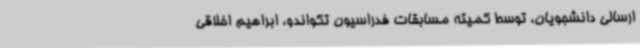
ارسالی دانشجویان، توسط کمیته مسابقات فدراسیون تکواندو، ابراهیم اخلاقی